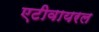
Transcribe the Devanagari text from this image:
एटीवायरल